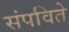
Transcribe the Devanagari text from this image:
संपविते